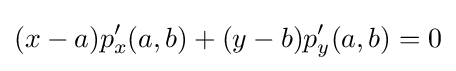
(x-a)p'_{x}(a,b)+(y-b)p'_{y}(a,b)=0